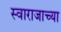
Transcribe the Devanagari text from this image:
स्वाराजाच्या